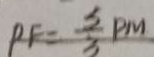
P F = \frac { 3 } { 3 } P M